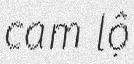
cam lộ